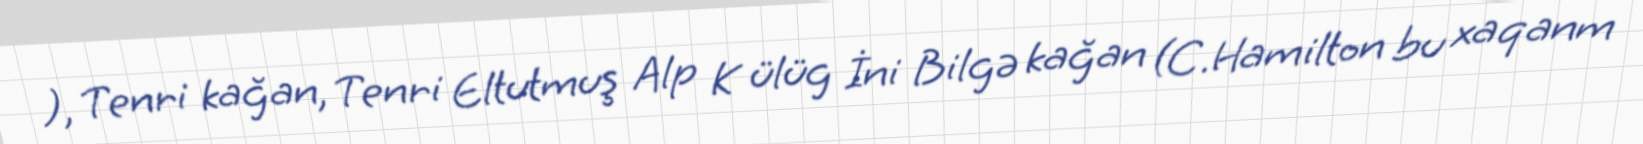
), Tenri kağan, Tenri Eltutmuş Alp K ülüg İni Bilgə kağan (C.Hamilton bu xaqanm